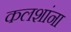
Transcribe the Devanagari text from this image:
कलशांना